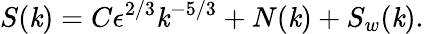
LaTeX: S(\mathit{k})=C\epsilon^{2/3}\mathit{k}^{-5/3}+N(\mathit{k})+S_{w}(\mathit{k}).